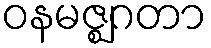
ဝနမဇ္ဈဂတာ